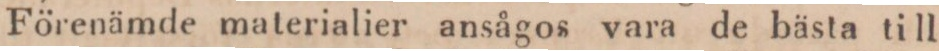
Förenämde materialier ansågos vara de bästa till